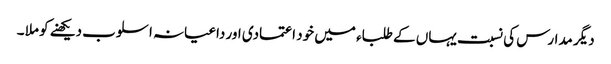
دیگر مدارس کی نسبت یہاں کے طلباء میں خود اعتمادی اور داعیانہ اسلوب دیکھنے کو ملا ۔